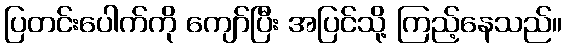
ပြတင်းပေါက်ကို ကျော်ပြီး အပြင်သို့ ကြည့်နေသည်။